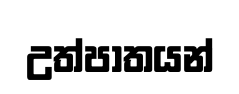
උත්පාතයන්